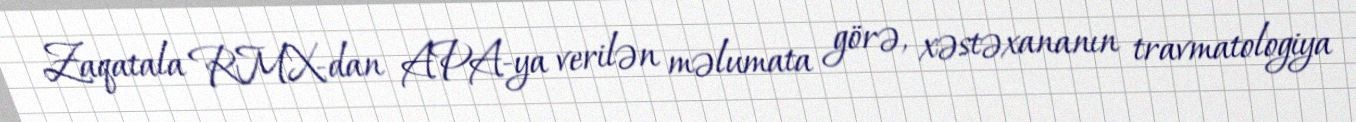
Zaqatala RMX-dan APA-ya verilən məlumata görə, xəstəxananın travmatologiya